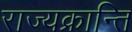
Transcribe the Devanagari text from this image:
राज्यक्रान्ति